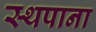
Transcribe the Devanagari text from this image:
स्थपाना